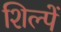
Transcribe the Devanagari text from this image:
शिल्पें